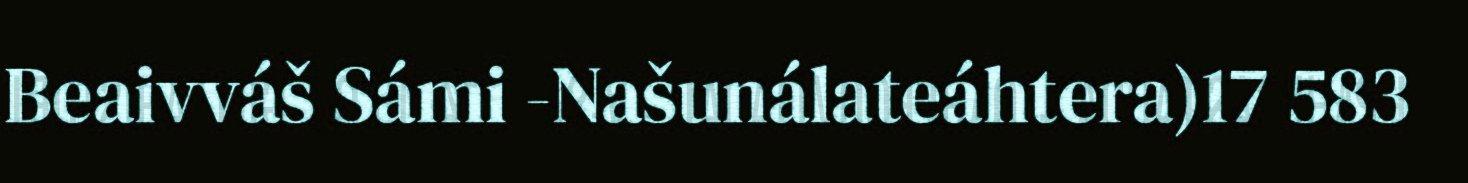
Beaivváš Sámi -Našunálateáhtera)17 583